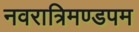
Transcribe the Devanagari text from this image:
नवरात्रिमण्डपम